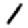
Digit: 1